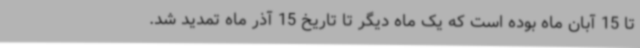
تا 15 آبان ماه بوده است که یک ماه دیگر تا تاریخ 15 آذر ماه تمدید شد.